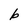
Character: b